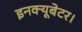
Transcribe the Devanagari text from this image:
इनक्यूबेटर।